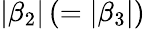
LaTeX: \left|\beta_{2}\right|\left(=\left|\beta_{3}\right|\right)